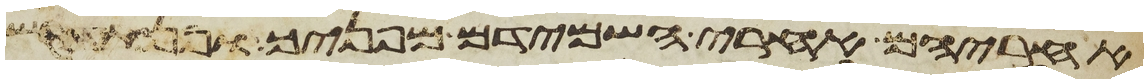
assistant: אחריהם אחרי השמידם מפניך ופן